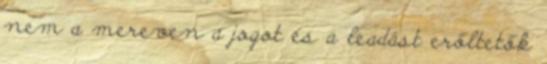
nem a mereven a jogot és a leadást erőltetők